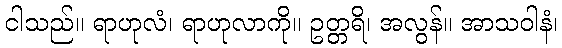
ငါသည်။ ရာဟုလံ၊ ရာဟုလာကို။ ဥတ္တရိ၊ အလွန်။ အာသဝါနံ၊